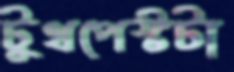
টুথপেস্টটা